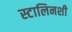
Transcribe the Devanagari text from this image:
स्टालिनशी